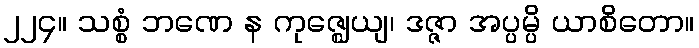
၂၂၄။ သစ္စံ ဘဏေ န ကုဇ္ဈေယျ၊ ဒဇ္ဇာ အပ္ပမ္ပိ ယာစိတော။